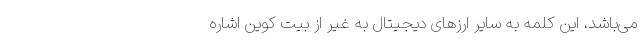
می‌باشد، این کلمه به سایر ارزهای دیجیتال به غیر از بیت کوین اشاره